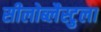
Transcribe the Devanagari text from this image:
सीलोब्लैस्टुला